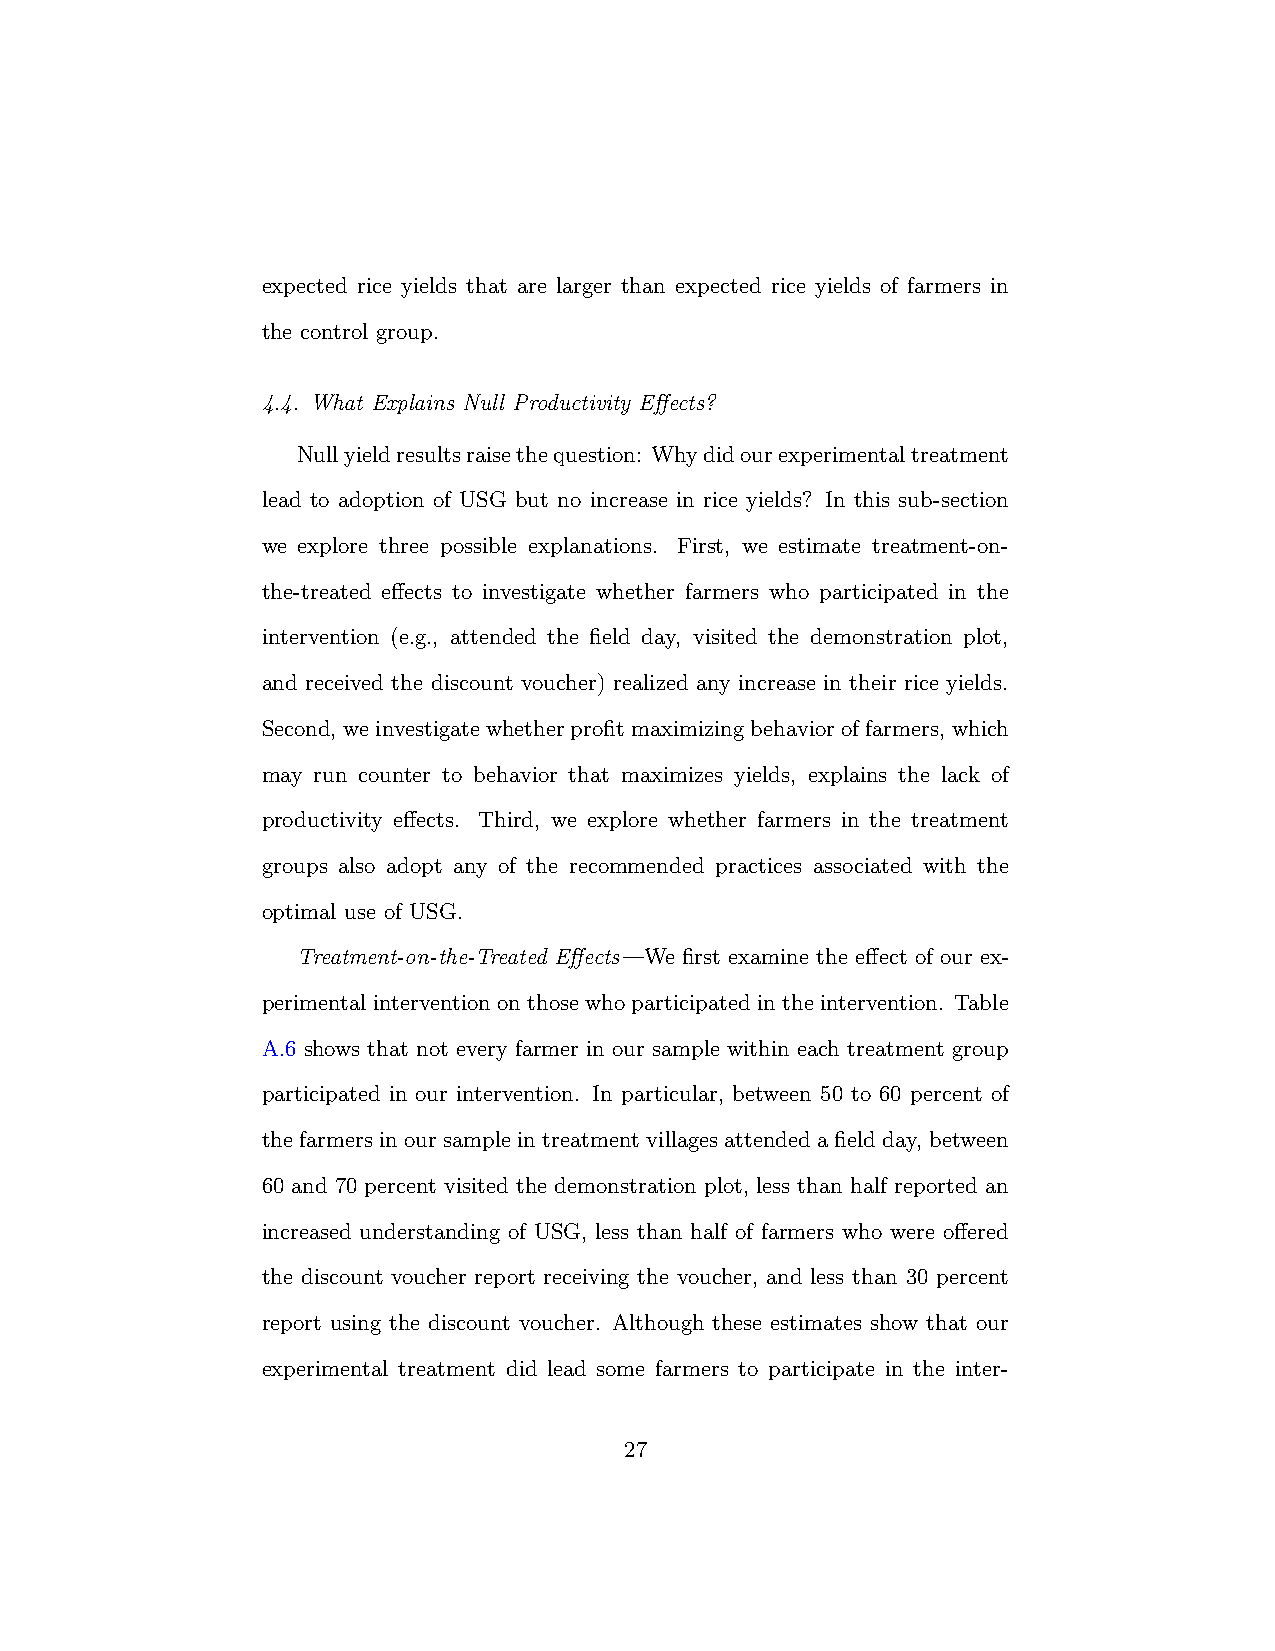
expected rice yields that are larger than expected rice yields of farmers in
 the control group.
 4.4. What Explains Null Productivity Effects?
 Nullyieldresultsraisethequestion: Whydidourexperimentaltreatment
 lead to adoption of USG but no increase in rice yields? In this sub-section
 we explore three possible explanations. First, we estimate treatment-on-
 the-treated effects to investigate whether farmers who participated in the
 intervention (e.g., attended the field day, visited the demonstration plot,
 and received the discount voucher) realized any increase in their rice yields.
 Second, weinvestigatewhetherprofitmaximizingbehavioroffarmers, which
 may run counter to behavior that maximizes yields, explains the lack of
 productivity effects. Third, we explore whether farmers in the treatment
 groups also adopt any of the recommended practices associated with the
 optimal use of USG.
 Treatment-on-the-Treated Effects—We first examine the effect of our ex-
 perimental intervention on those who participated in the intervention. Table
 A.6 shows that not every farmer in our sample within each treatment group
 participated in our intervention. In particular, between 50 to 60 percent of
 the farmers in our sample in treatment villages attended a field day, between
 60 and 70 percent visited the demonstration plot, less than half reported an
 increased understanding of USG, less than half of farmers who were offered
 the discount voucher report receiving the voucher, and less than 30 percent
 report using the discount voucher. Although these estimates show that our
 experimental treatment did lead some farmers to participate in the inter-
 27